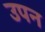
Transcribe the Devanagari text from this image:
उपन